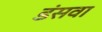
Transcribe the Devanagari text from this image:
डंसवा